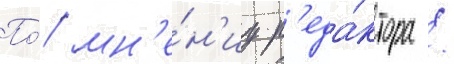
По́ мн'е́н'иу р'еда́ктора /